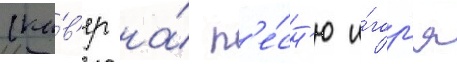
(ка́в'ер на́ п'е́сн'ю и́гор'я